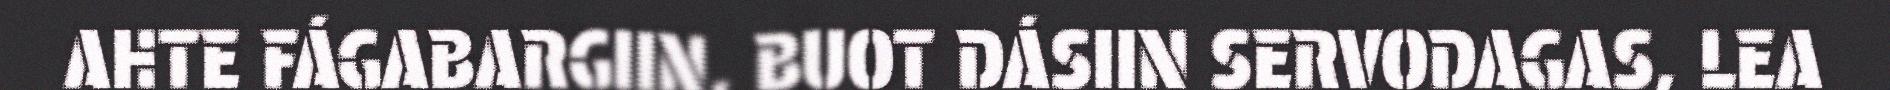
AHTE FÁGABARGIIN, BUOT DÁSIIN SERVODAGAS, LEA